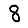
Digit: 8